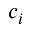
c _ { i }